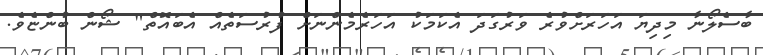
ބާސެލޯނާ މިދިޔަ އަހަރަށްވުރެ ވަރުގަދަ އެކަމަކު އަހަރެމެންނަށް ފުރުސަތެއް އެބައޮތް" ޝޯން ބުންޏެވެ.